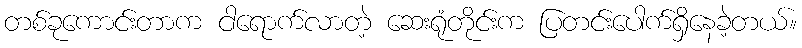
တစ်ခုကောင်းတာက ငါရောက်လာတဲ့ ဆေးရုံတိုင်းက ပြတင်းပေါက်ရှိနေခဲ့တယ်။